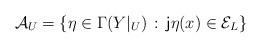
LaTeX: \begin{align*}{\cal A}_U=\left\{\eta\in \Gamma(Y\vert_U)\,:\,{\sf j}\eta(x)\in {\cal E}_L\right\}\end{align*}